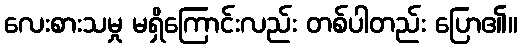
လေးစားသမှု မရှိကြောင်းလည်း တစ်ပါတည်း ပြော၏။